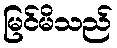
မြင်မိသည်